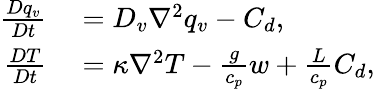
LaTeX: \begin{array}{rl}{\frac{Dq_{v}}{Dt}}&{{}=D_{v}\nabla^{2}q_{v}-C_{d},}\\ {\frac{DT}{Dt}}&{{}=\kappa\nabla^{2}T-\frac{g}{c_{p}}w+\frac{L}{c_{p}}C_{d},}\end{array}